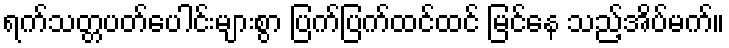
ရက်သတ္တပတ်ပေါင်းများစွာ ပြက်ပြက်ထင်ထင် မြင်နေ သည့်အိပ်မက်။